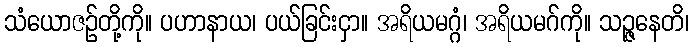
သံယောဇဉ်တို့ကို။ ပဟာနာယ၊ ပယ်ခြင်းငှာ။ အရိယမဂ္ဂံ၊ အရိယမဂ်ကို။ သဉ္ဇနေတိ၊